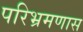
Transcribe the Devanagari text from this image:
परिभ्रमणास